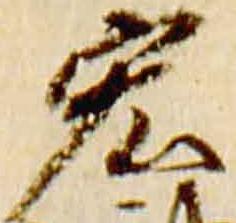
宏